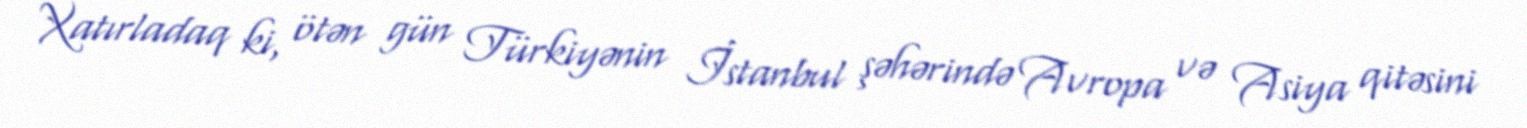
Xatırladaq ki, ötən gün Türkiyənin İstanbul şəhərində Avropa və Asiya qitəsini